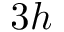
3 h